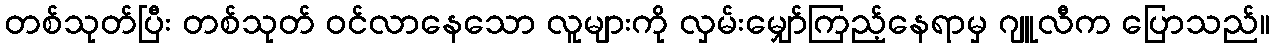
တစ်သုတ်ပြီး တစ်သုတ် ဝင်လာနေသော လူများကို လှမ်းမျှော်ကြည့်နေရာမှ ဂျူလီက ပြောသည်။